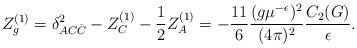
LaTeX: \begin{align*}Z_g^{(1)} =\delta_{AC\bar{C}}^2-Z_C^{(1)}-\frac12Z_A^{(1)} =-\frac{11}6 \frac{(g\mu^{-\epsilon})^2}{(4\pi)^2}\frac{C_2(G)}{\epsilon} .\end{align*}